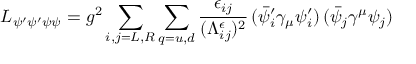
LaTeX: L _ { \psi ^ { \prime } \psi ^ { \prime } \psi \psi } = g ^ { 2 } \sum _ { i , j = L , R } \sum _ { q = u , d } \frac { \epsilon _ { i j } } { ( \Lambda _ { i j } ^ { \epsilon } ) ^ { 2 } } \, ( \bar { \psi } _ { i } ^ { \prime } \gamma _ { \mu } \psi _ { i } ^ { \prime } ) \, ( \bar { \psi } _ { j } \gamma ^ { \mu } \psi _ { j } )